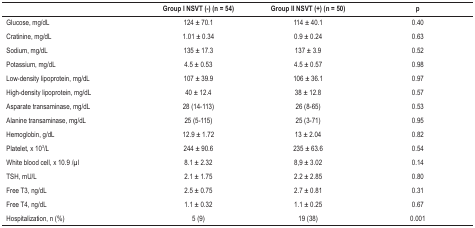
|  | Group I NSVT (-) (n = 54) | Group II NSVT (+) (n = 50) | p |
 | --- | --- | --- | --- |
 | Glucose, mg/dL | 124 ± 70.1 | 114 ± 40.1 | 0.40 |
 | Cratinine, mg/dL | 1.01 ± 0.34 | 0.9 ± 0.24 | 0.63 |
 | Sodium, mg/dL | 135 ± 17.3 | 137 ± 3.9 | 0.52 |
 | Potassium, mg/dL | 4.5 ± 0.53 | 4.5 ± 0.57 | 0.98 |
 | Low-density lipoprotein, mg/dL | 107 ± 39.9 | 106 ± 36.1 | 0.97 |
 | High-density lipoprotein, mg/dL | 40 ± 12.4 | 38 ± 12.8 | 0.57 |
 | Asparate transaminase, mg/dL | 28 (14-113) | 26 (8-65) | 0.53 |
 | Alanine transaminase, mg/dL | 25 (5-115) | 25 (3-71) | 0.95 |
 | Hemoglobin, g/dL | 12.9 ± 1.72 | 13 ± 2.04 | 0.82 |
 | Platelet, x 103/L | 244 ± 90.6 | 235 ± 63.6 | 0.54 |
 | White blood cell, x 10.9 /μl | 8.1 ± 2.32 | 8,9 ± 3.02 | 0.14 |
 | TSH, mU/L | 2.1 ± 1.75 | 2.2 ± 2.85 | 0.80 |
 | Free T3,ng/dL | 2.5 ± 0.75 | 2.7 ± 0.81 | 0.31 |
 | Free T4,ng/dL | 1.1 ± 0.32 | 1.1 ± 0.25 | 0.67 |
 | Hospitalization, n (%) | 5 (9) | 19 (38) | 0.001 |